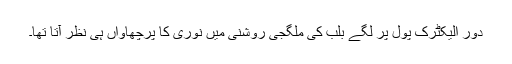
دور الیکٹرک پول پر لگے بلب کی ملگجی روشنی میں نوری کا پرچھاواں ہی نظر آتا تھا۔